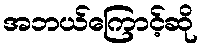
အဘယ်ကြောင့်ဆို